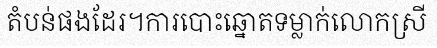
តំបន់ផងដែរ។ការបោះឆ្នោតទម្លាក់លោកស្រី